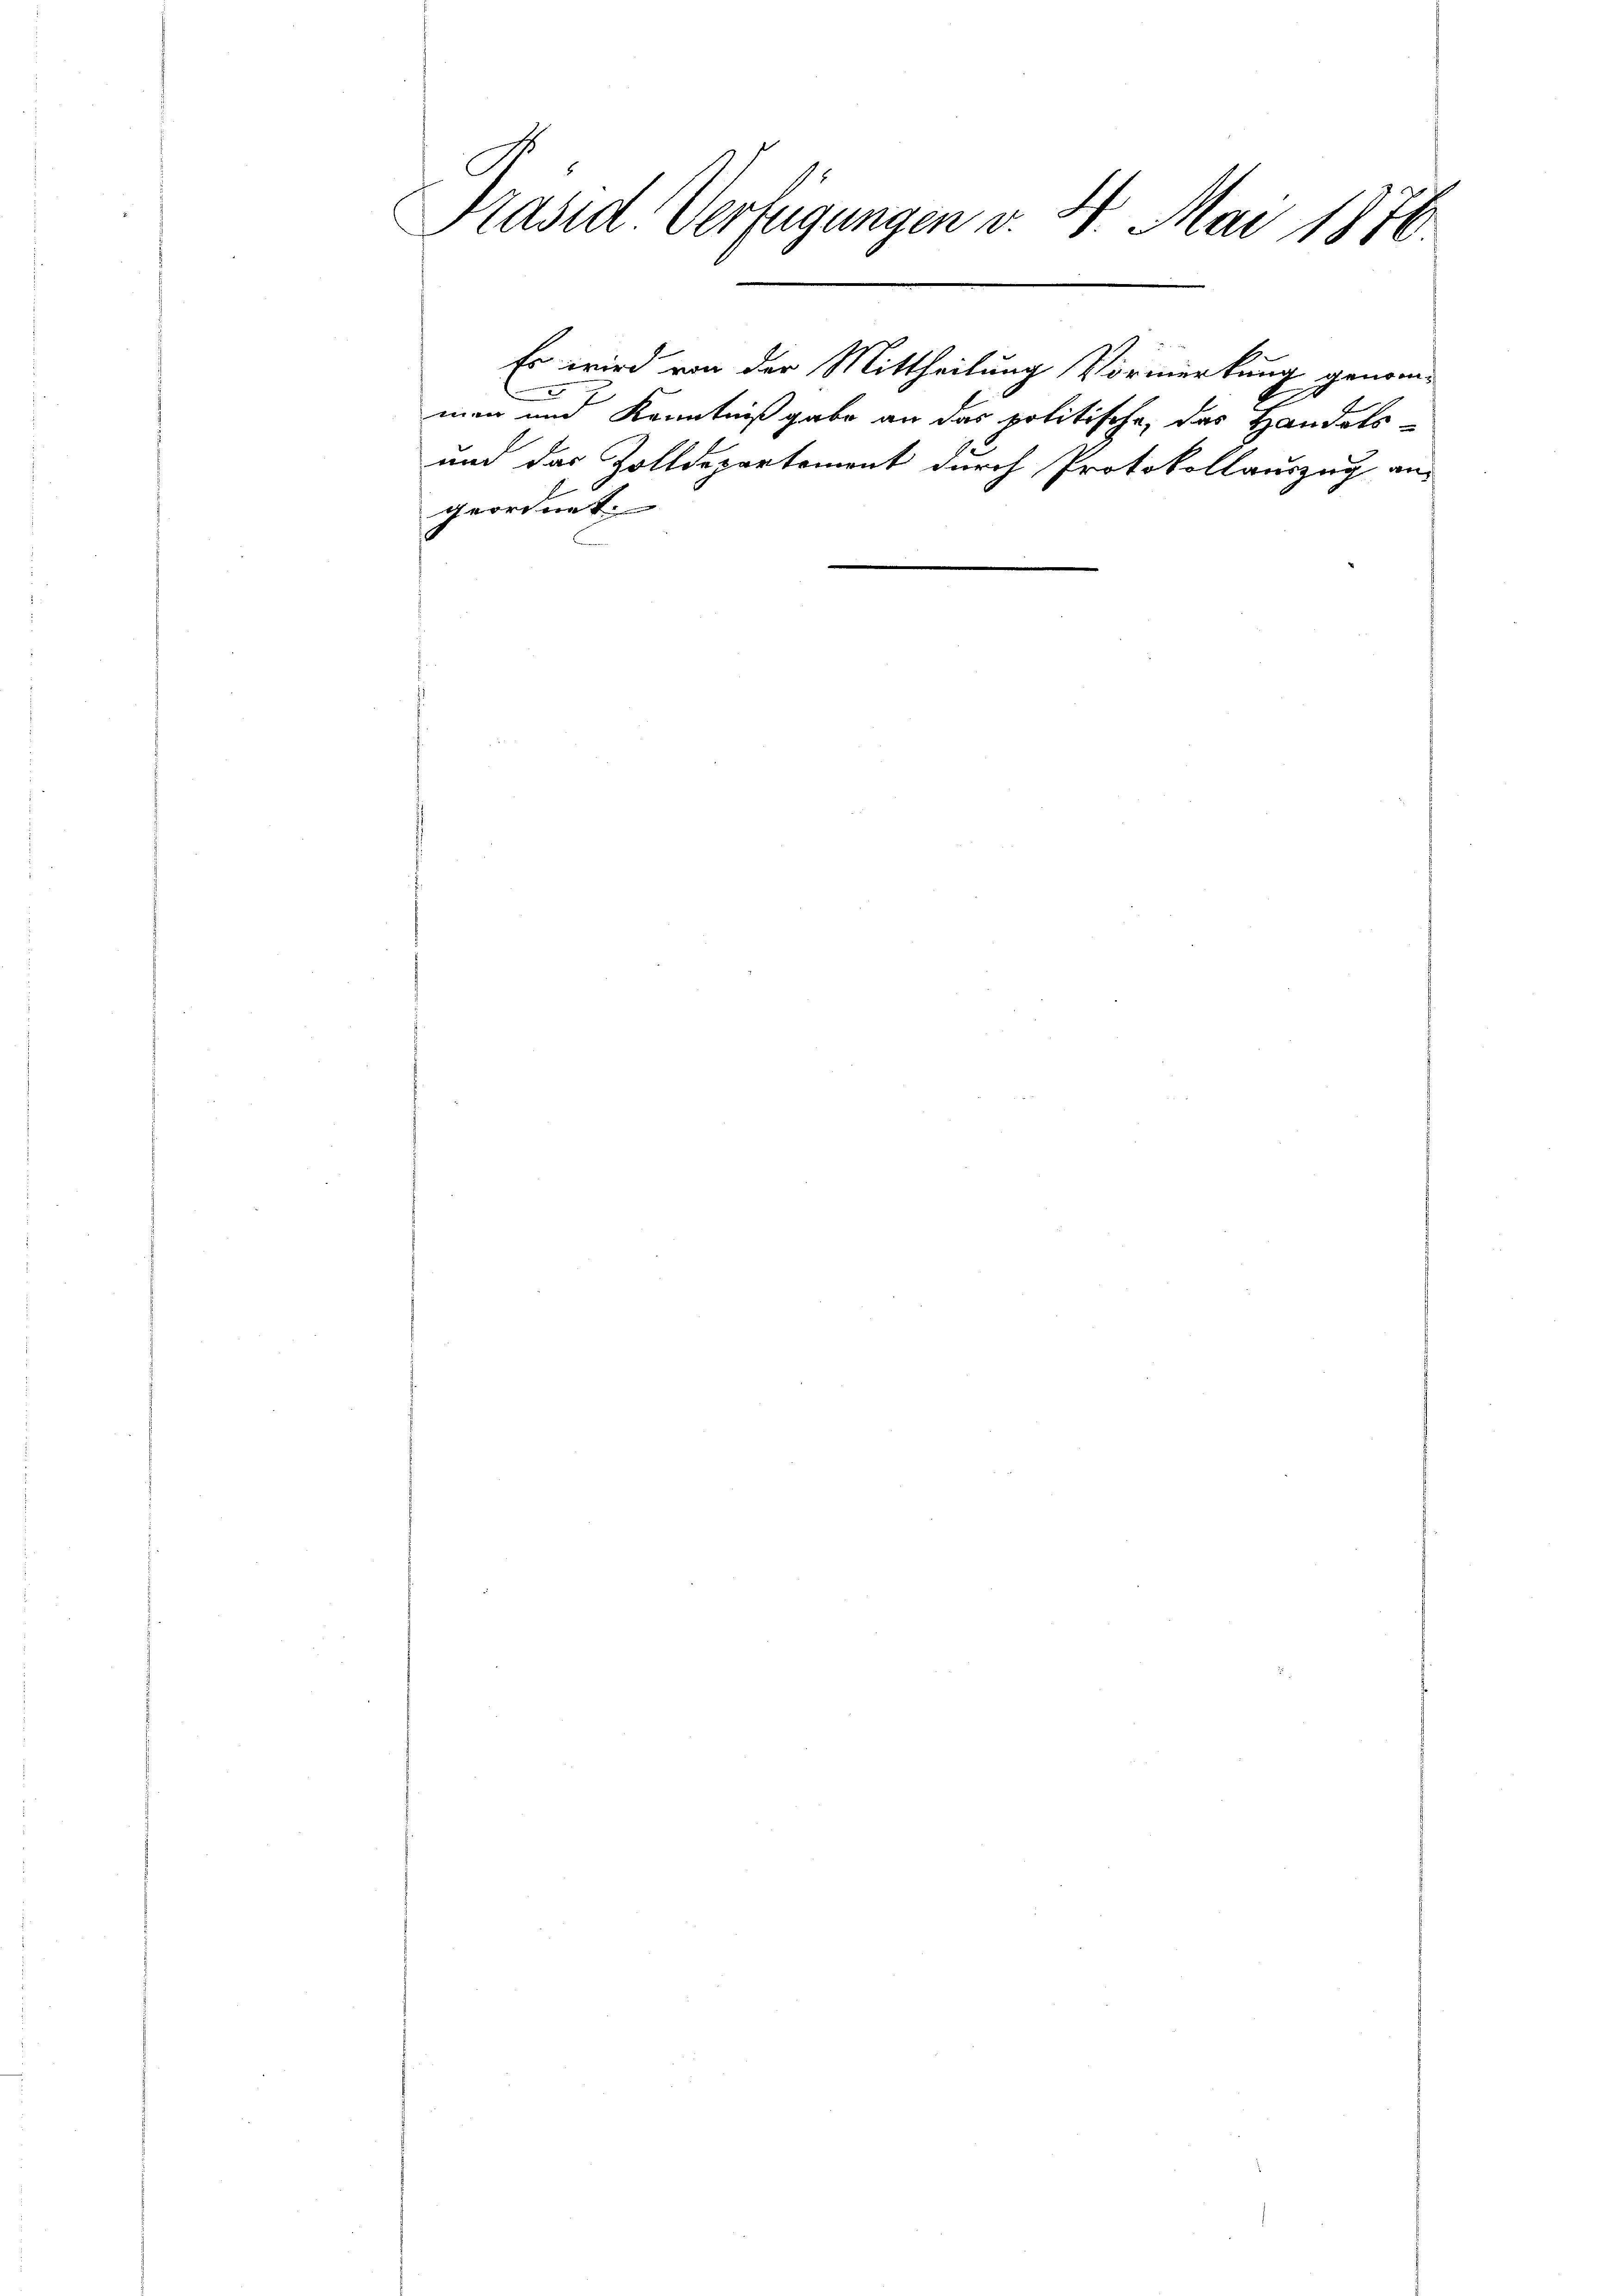
Präsid Verfügungen v. 4. Mai 1876

geordnet

Es wird von der Mittheilung Vormerkung genom-
men und Kenntnißgabe an das politische, das Handels-
und das Zolldepartement durch Protokollauszug an